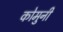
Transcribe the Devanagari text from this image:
कोमुनी